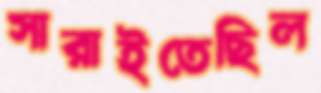
সারাইতেছিল